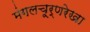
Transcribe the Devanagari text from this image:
मंगलचूर्णरेखा